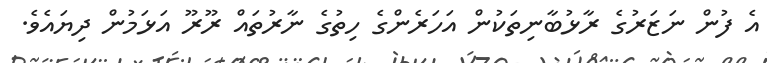
އެ ފުން ނަޒަރުގެ ރާޅުބާނިތަކުން އަހަރެންގެ ހިތުގެ ނާރުތައް ރޫރޫ އަޅަމުން ދިޔައެވެ.